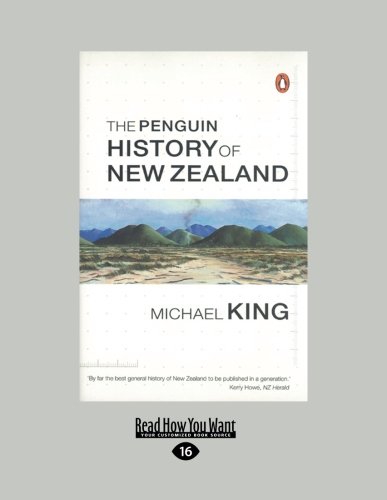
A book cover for The Penguin History of New Zealand; Michael King; History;